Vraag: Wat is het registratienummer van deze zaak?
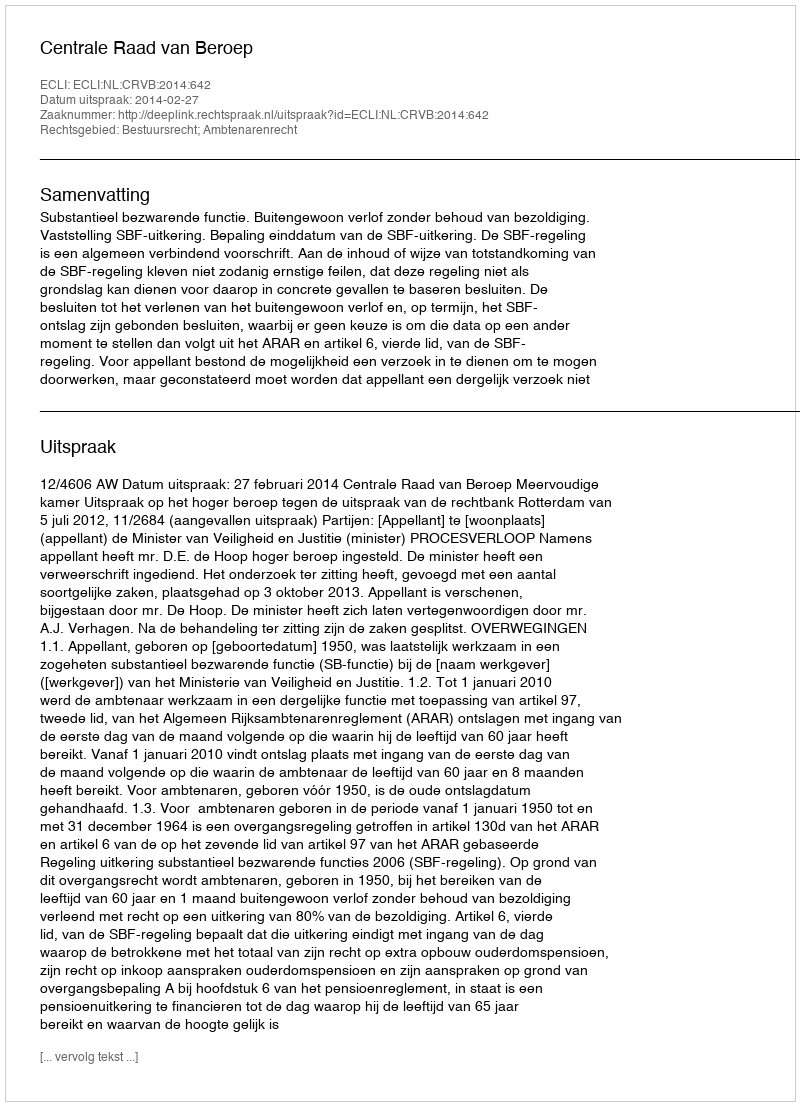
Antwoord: http://deeplink.rechtspraak.nl/uitspraak?id=ECLI:NL:CRVB:2014:642